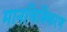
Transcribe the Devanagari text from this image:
मानचित्रिकरण